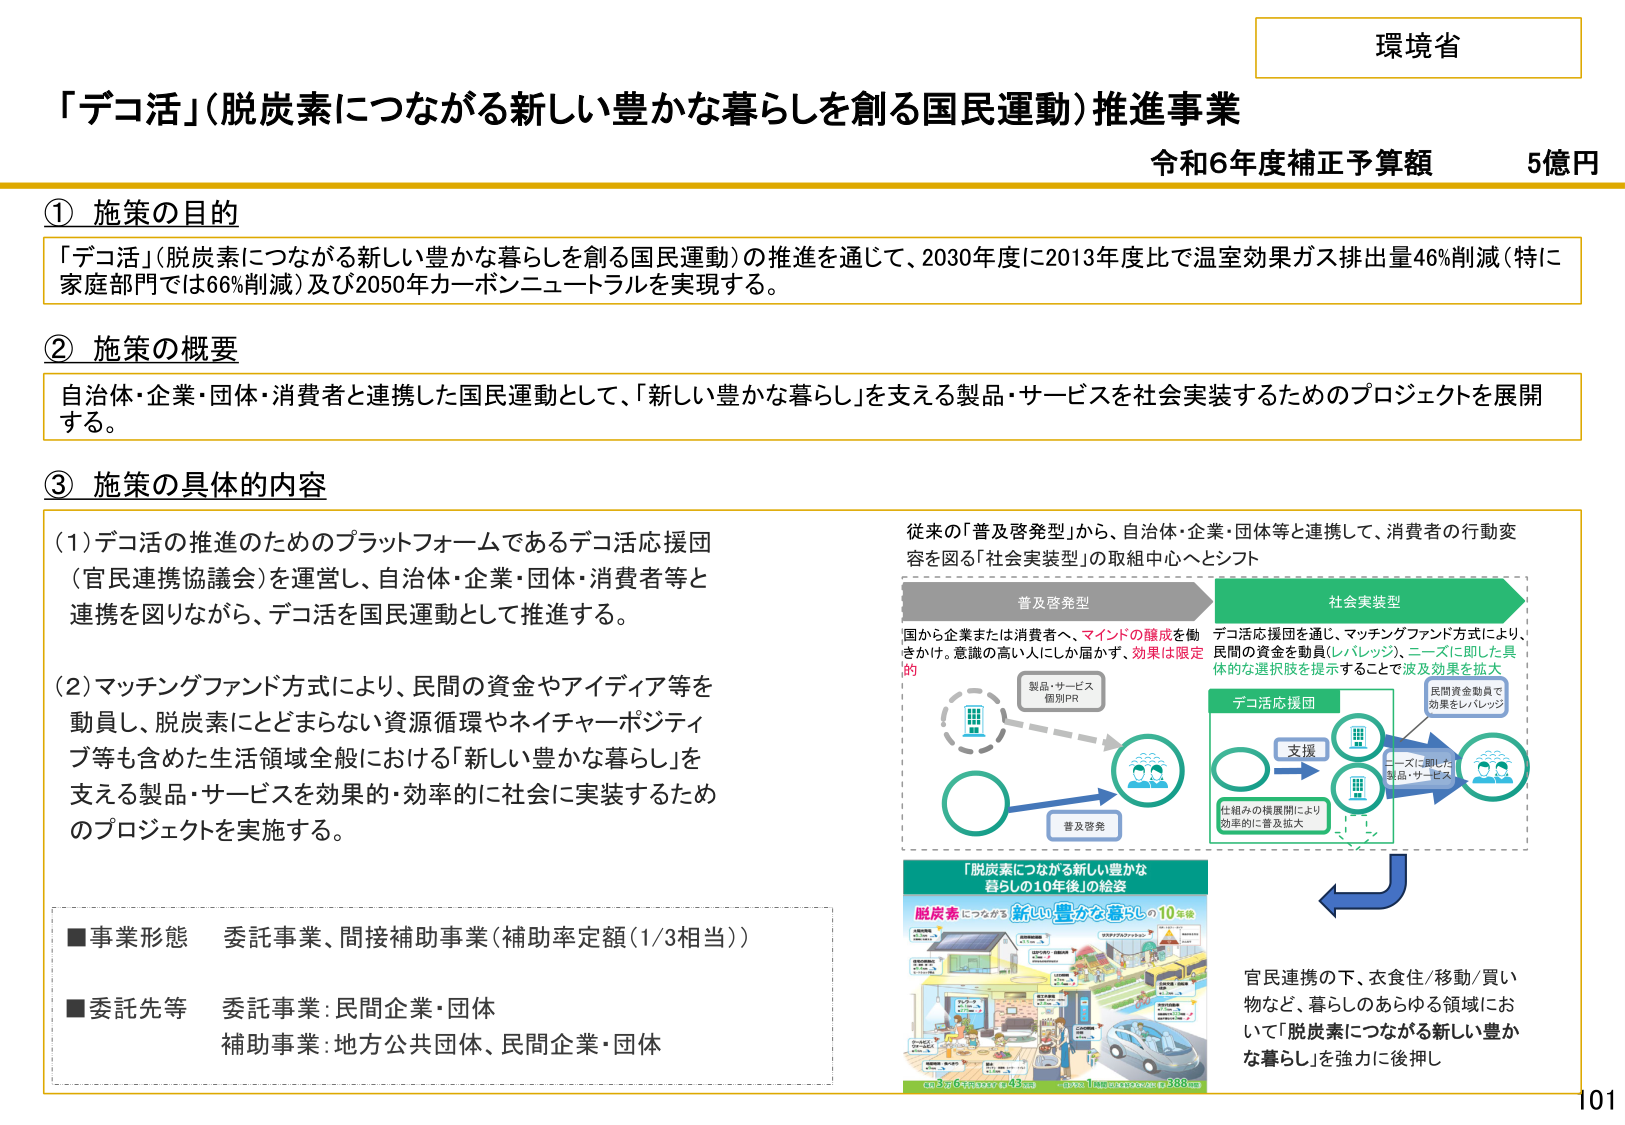
環境省

「デコ活」（脱炭素につながる新しい豊かな暮らしを創る国民運動）推進事業
令和6年度補正予算額 5億円

① 施策の目的
「デコ活」（脱炭素につながる新しい豊かな暮らしを創る国民運動）の推進を通じて、2030年度に2013年度比で温室効果ガス排出量46％削減（特に家庭部門では66％削減）及び2050年カーボンニュートラルを実現する。

② 施策の概要
自治体・企業・団体・消費者と連携した国民運動として、「新しい豊かな暮らし」を支える製品・サービスを社会実装するためのプロジェクトを展開する。

③ 施策の具体的な内容
(1) デコ活の推進のためのプラットフォームであるデコ活応援団（官民連携協議会）を運営し、自治体・企業・団体・消費者等と連携を図りながら、デコ活を国民運動として推進する。
(2) マッチングファンド方式により、民間の資金やアイディア等を動員し、脱炭素にとどまらない資源循環やネイチャーポジティブ等も含めた生活領域全般における「新しい豊かな暮らし」を支える製品・サービスを効果的・効率的に社会に実装するためのプロジェクトを実施する。

■事業形態 委託事業、間接補助事業（補助率定額（1/3相当））
■委託先等 委託事業：民間企業・団体
補助事業：地方公共団体、民間企業・団体

従来の「普及啓発型」から、自治体・企業・団体等と連携して、消費者の行動変容を図る「社会実装型」の取組中心へシフト

普及啓発型
国から企業または消費者へ、マインドの醸成を働きかけ。意識の高い人にしか届かず、効果は限定的
製品・サービス 個別PR
普及啓発

社会実装型
デコ活応援団を通じ、マッチングファンド方式により、民間の資金を動員（レバレッジ）、ニーズに即した具体的な選択肢を提示することで波及効果を拡大
デコ活応援団
支援
民間資金動員で効果をレバレッジ
ニーズに即した製品・サービス
仕組みの横展開により効率的に普及拡大

「脱炭素につながる新しい豊かな暮らしの10年後」の絵姿
脱炭素につながる新しい豊かな暮らしの10年後
（図は省略）

官民連携の下、衣食住/移動/買い物など、暮らしのあらゆる領域において「脱炭素につながる新しい豊かな暮らし」を強力に後押し

101